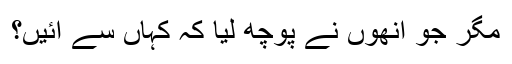
مگر جو انھوں نے پوچھ لیا کہ کہاں سے آئیں؟